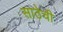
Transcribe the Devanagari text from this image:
साठेची